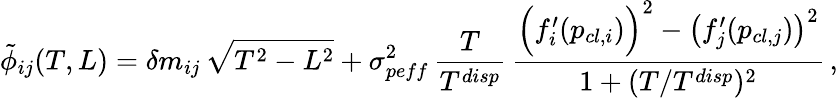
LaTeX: \tilde{\phi}_{ij}(T,L)=\delta m_{ij}\, \sqrt{T^{2}-L^{2}}+\sigma_{peff}^{2}\, \frac{T}{T^{disp}}\, \frac{\Big(f_{i}^{\prime}(p_{cl,i})\Big)^{2}-\left(f_{j}^{\prime}(p_{cl,j})\right)^{2}}{1+(T/T^{disp})^{2}}\, ,